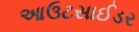
આઉટસાઈડર